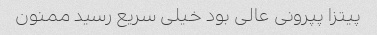
پیتزا پپرونی عالی بود خیلی سریع رسید ممنون